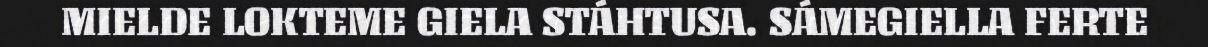
MIELDE LOKTEME GIELA STÁHTUSA. SÁMEGIELLA FERTE